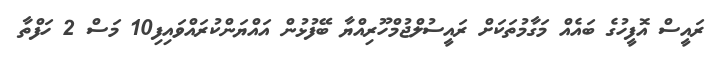
ރައީސް އޮފީހުގެ ބައެއް މަގާމުތަކަށް ރައީސުލްޖުމްހޫރިއްޔާ ބޭފުޅުން އައްޔަންކުރައްވައިފި10 މަސް 2 ހަފްތާ